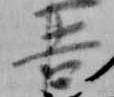
吉